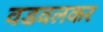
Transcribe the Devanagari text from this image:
वडवलकर